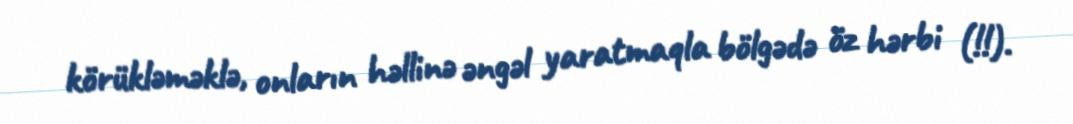
körükləməklə, onların həllinə əngəl yaratmaqla bölgədə öz hərbi (!!).